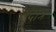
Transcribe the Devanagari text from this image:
क्षुंदात्र